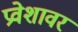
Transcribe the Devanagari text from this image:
प्रवेशावर